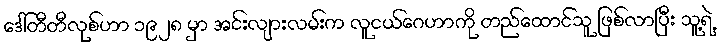
ဒေါ်တီတီလုစ်ဟာ ၁၉၂၈ မှာ အင်းလျားလမ်းက လူငယ်ဂေဟာကို တည်ထောင်သူ ဖြစ်လာပြီး သူ့ရဲ့